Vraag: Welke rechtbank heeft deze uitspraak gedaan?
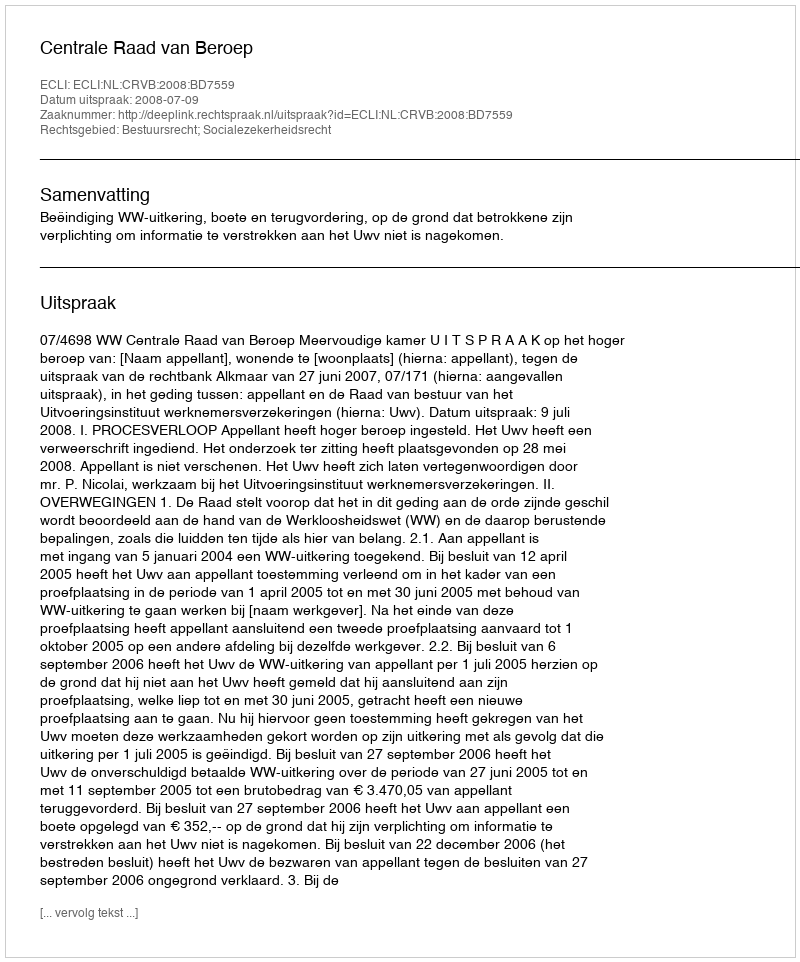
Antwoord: Centrale Raad van Beroep